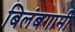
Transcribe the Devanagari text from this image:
बिलंबगामी